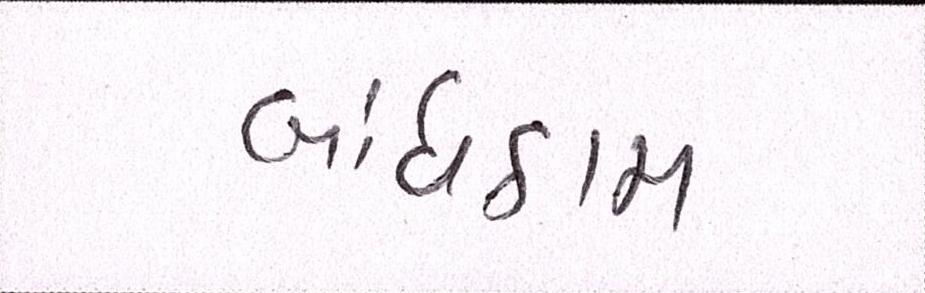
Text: બાંધકામ